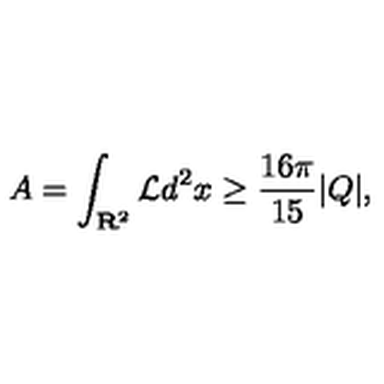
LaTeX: A = \int _ { { \bf R } ^ { 2 } } { \cal L } d ^ { 2 } x \geq \frac { 1 6 \pi } { 1 5 } | Q | ,